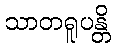
သာတရူပန္တိ